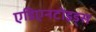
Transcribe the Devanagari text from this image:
एडिएनटोइड्स